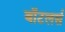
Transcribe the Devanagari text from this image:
बॉटलर्स